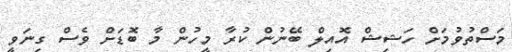
މަސްތުވުމަށް ހަޝިޝް އޮއިލް ބޭނުން ކުރާ މީހުން މާ ބޮޑަށް ވެސް ގިނަވީ